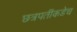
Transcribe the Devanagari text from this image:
छत्रपतींकडेच